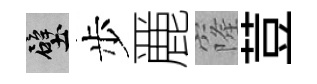
壁步䴡窿荳